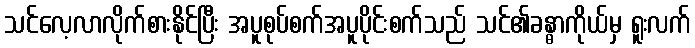
သင်လေ့လာလိုက်စားနိုင်ပြီး အပူစုပ်စက်အပူပိုင်းစက်သည် သင်၏ခန္ဓာကိုယ်မှ ရူးလက်